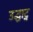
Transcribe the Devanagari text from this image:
उद्घाट्न